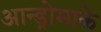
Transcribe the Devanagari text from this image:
आन्ड्रोमाके